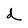
Character: d